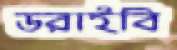
ডরাইবি